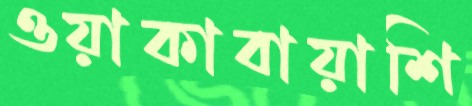
ওয়াকাবায়াশি